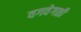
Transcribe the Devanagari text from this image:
वगवेगळी